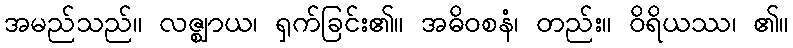
အမည်သည်။ လဇ္ဈာယ၊ ရှက်ခြင်း၏။ အဓိဝစနံ၊ တည်း။ ဝိရိယဿ၊ ၏။